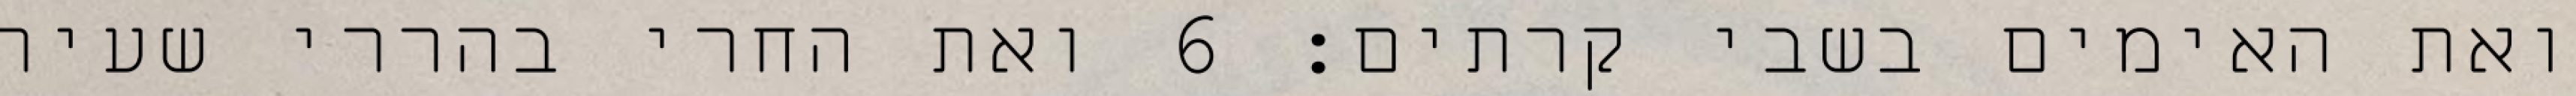
ואת האימים בשבי קרתים׃ ‎6‏ ואת החרי בהררי שעיר